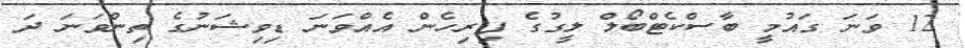
12 ވަނަ ގައުމީ ބާސްކެޓްބޯލް ލީގުގެ ފިރިހެން އެއްވަނަ ޑިވިޝަނުގެ ތިންވަނަ ދަ